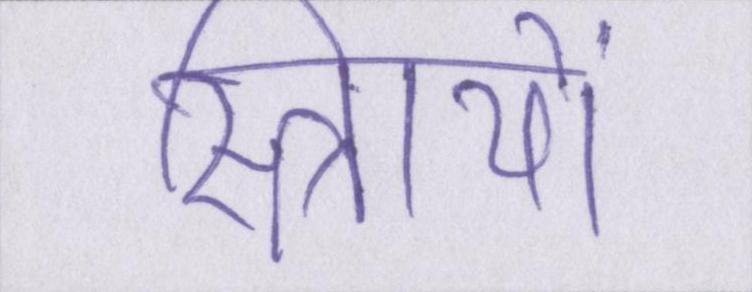
स्त्रिायों